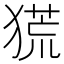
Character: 𤠤